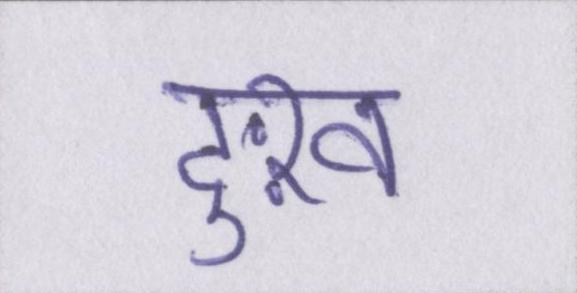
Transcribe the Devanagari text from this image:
दुःख